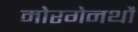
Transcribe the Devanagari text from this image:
मोरगेनथौ